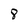
Character: 8